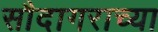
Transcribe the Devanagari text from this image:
सौदागराच्या